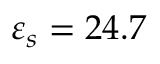
\varepsilon _ { s } = 2 4 . 7